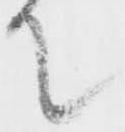
て